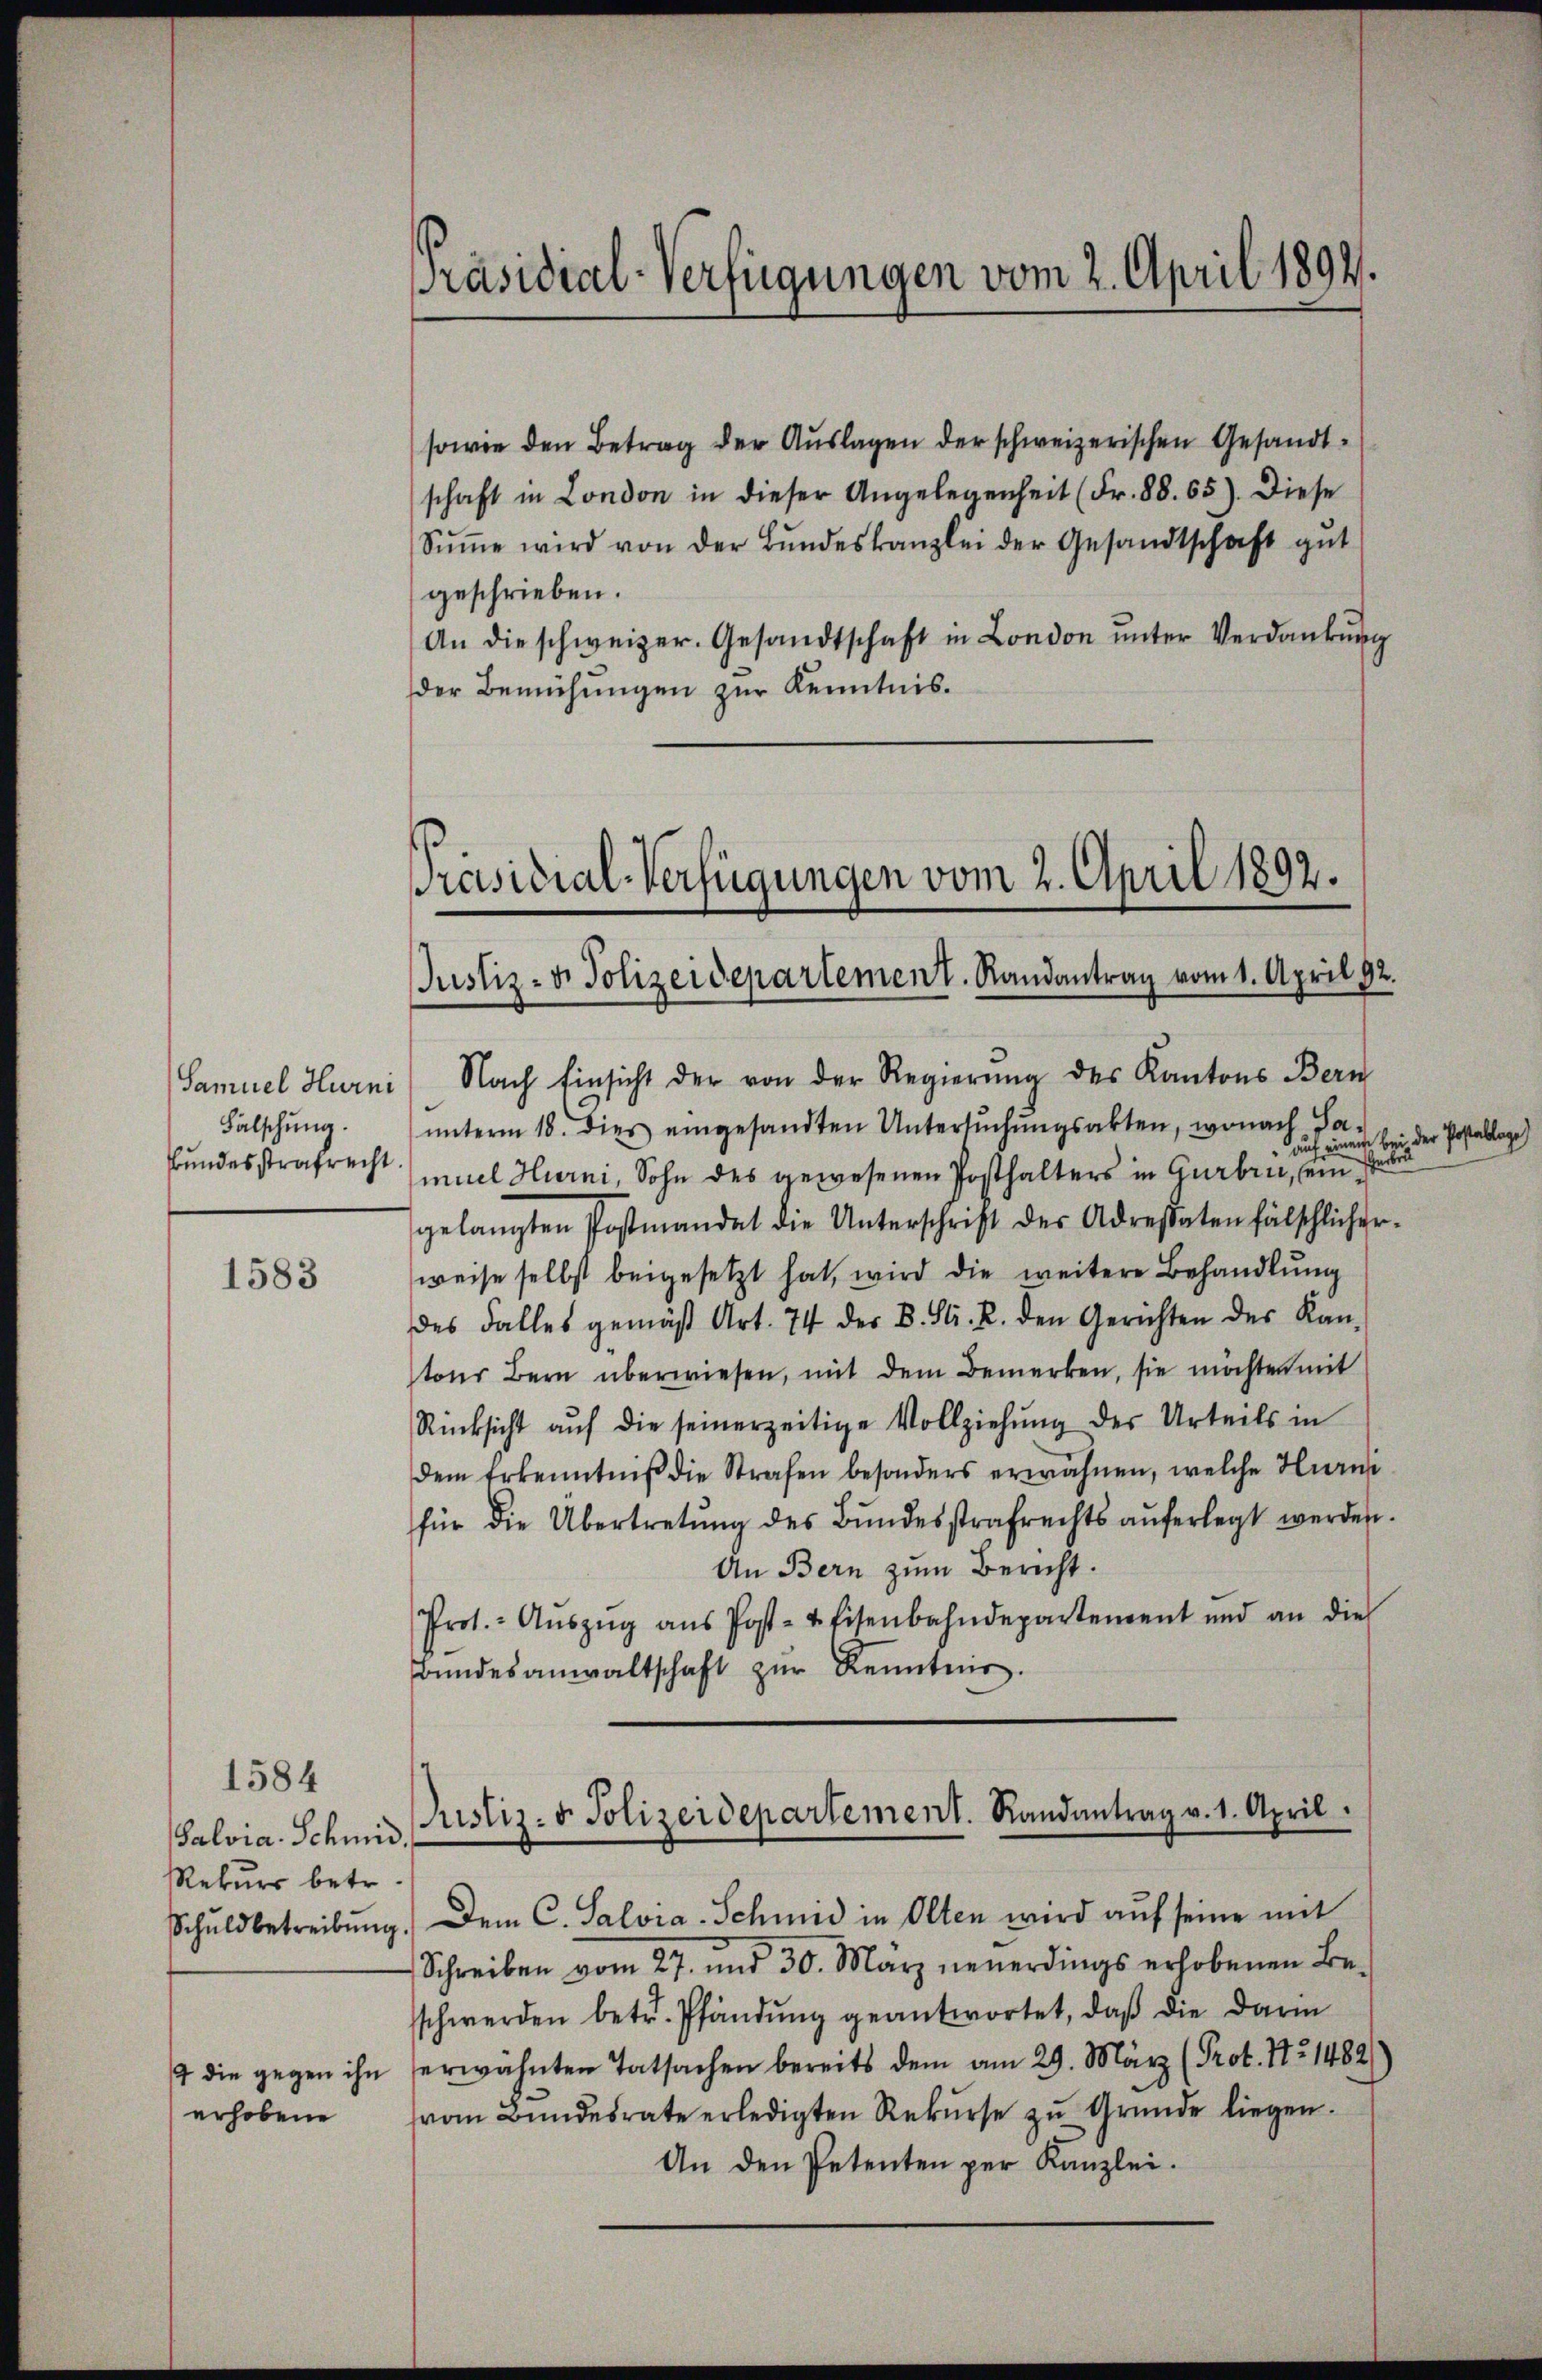
Samuel Hurni
Falschung.
Bundesstrafrecht.

1583

Salvia. Schmid.
Rekurs betr.
erhobene

sowie den Betrag der Auslagen der schweizerischen Gesandtschaft in London in dieser Angelegenheit (Fr. 88. 65). Diese
Sŭṁe wird von der Bŭndeskanzlei der Gesandtschaft gut
geschrieben.
An die schweizer. Gesandtschaft in London unter Verdankung
der Bemühungen zur Kenntnis.

Präsidial-Verfügungen vom 2. April 1894.

Nach Einsicht der von der Regierŭng des Kantons Bern
ŭnterm 18. dies eingesandten Untersŭchŭngsakten, wonach Lan
muel Hurni, Sohn des gewesenen Posthalters in Gurbrief eine einen eine
gelangten Postmandat die Unterschrift der Adressaten fälschlicher-
weise selbst beigesetzt hat, wird die weitere Behandlung
des Falles gemäß Art. 74 der B. St. R. den Gerichten des Kan-
tons Bern überwiesen, mit dem Bemerken, sie möchten mit
Rücksicht aŭf die seinerzeitige Vollziehung des Urteils in
dem Erkenntniβ die Strafen besonders erwähnen, welche Hurni
für die Übertretŭng des Bŭndesstrafrechts aŭferlegt werden.
An Bern zum Bericht.
Prot. - Aŭszŭg aŭs Post- & Eisenbahndepartement und an die
Bŭndesanwaltschaft zŭr Kenntnis.

Präsidial-Verfügungen vom 2. April 1892.
Justiz- & Polizeidepartement. Randantrag vom 1. April 92.

Justiz- & Polizeidepartement. Randantrag v. 1. April.

Schuldbetreibŭng. Dem C. Salvia-Schmid in Olten wird aŭf seine mit
Schreiben vom 27. und 30. März neuerdings erhobenen Beschwerden betr. Pfändung geantwortet, daβ die darin
4 die gegen ihn herwähnten Tatsachen bereits dem am 29. März (Prot. No 1482
vom Bundesrate erledigten Rekŭrse zŭ Gründe liegen.
An den Petenten per Kanzlei.

der Postable